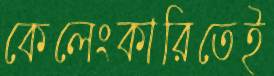
কেলেংকারিতেই